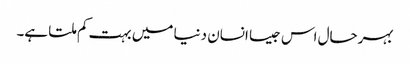
بہرحال اس جیسا انسان دنیا میں بہت کم ملتا ہے۔